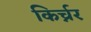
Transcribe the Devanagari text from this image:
किर्च्नर